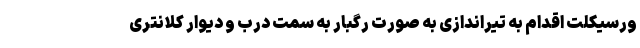
ورسیکلت اقدام به تیراندازی به صورت رگبار به سمت درب و دیوار کلانتری